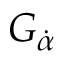
G _ { \dot { \alpha } }